65_HS1-834228961_62-HQ-83894_Serial_220
Agency: FBI
Page 9
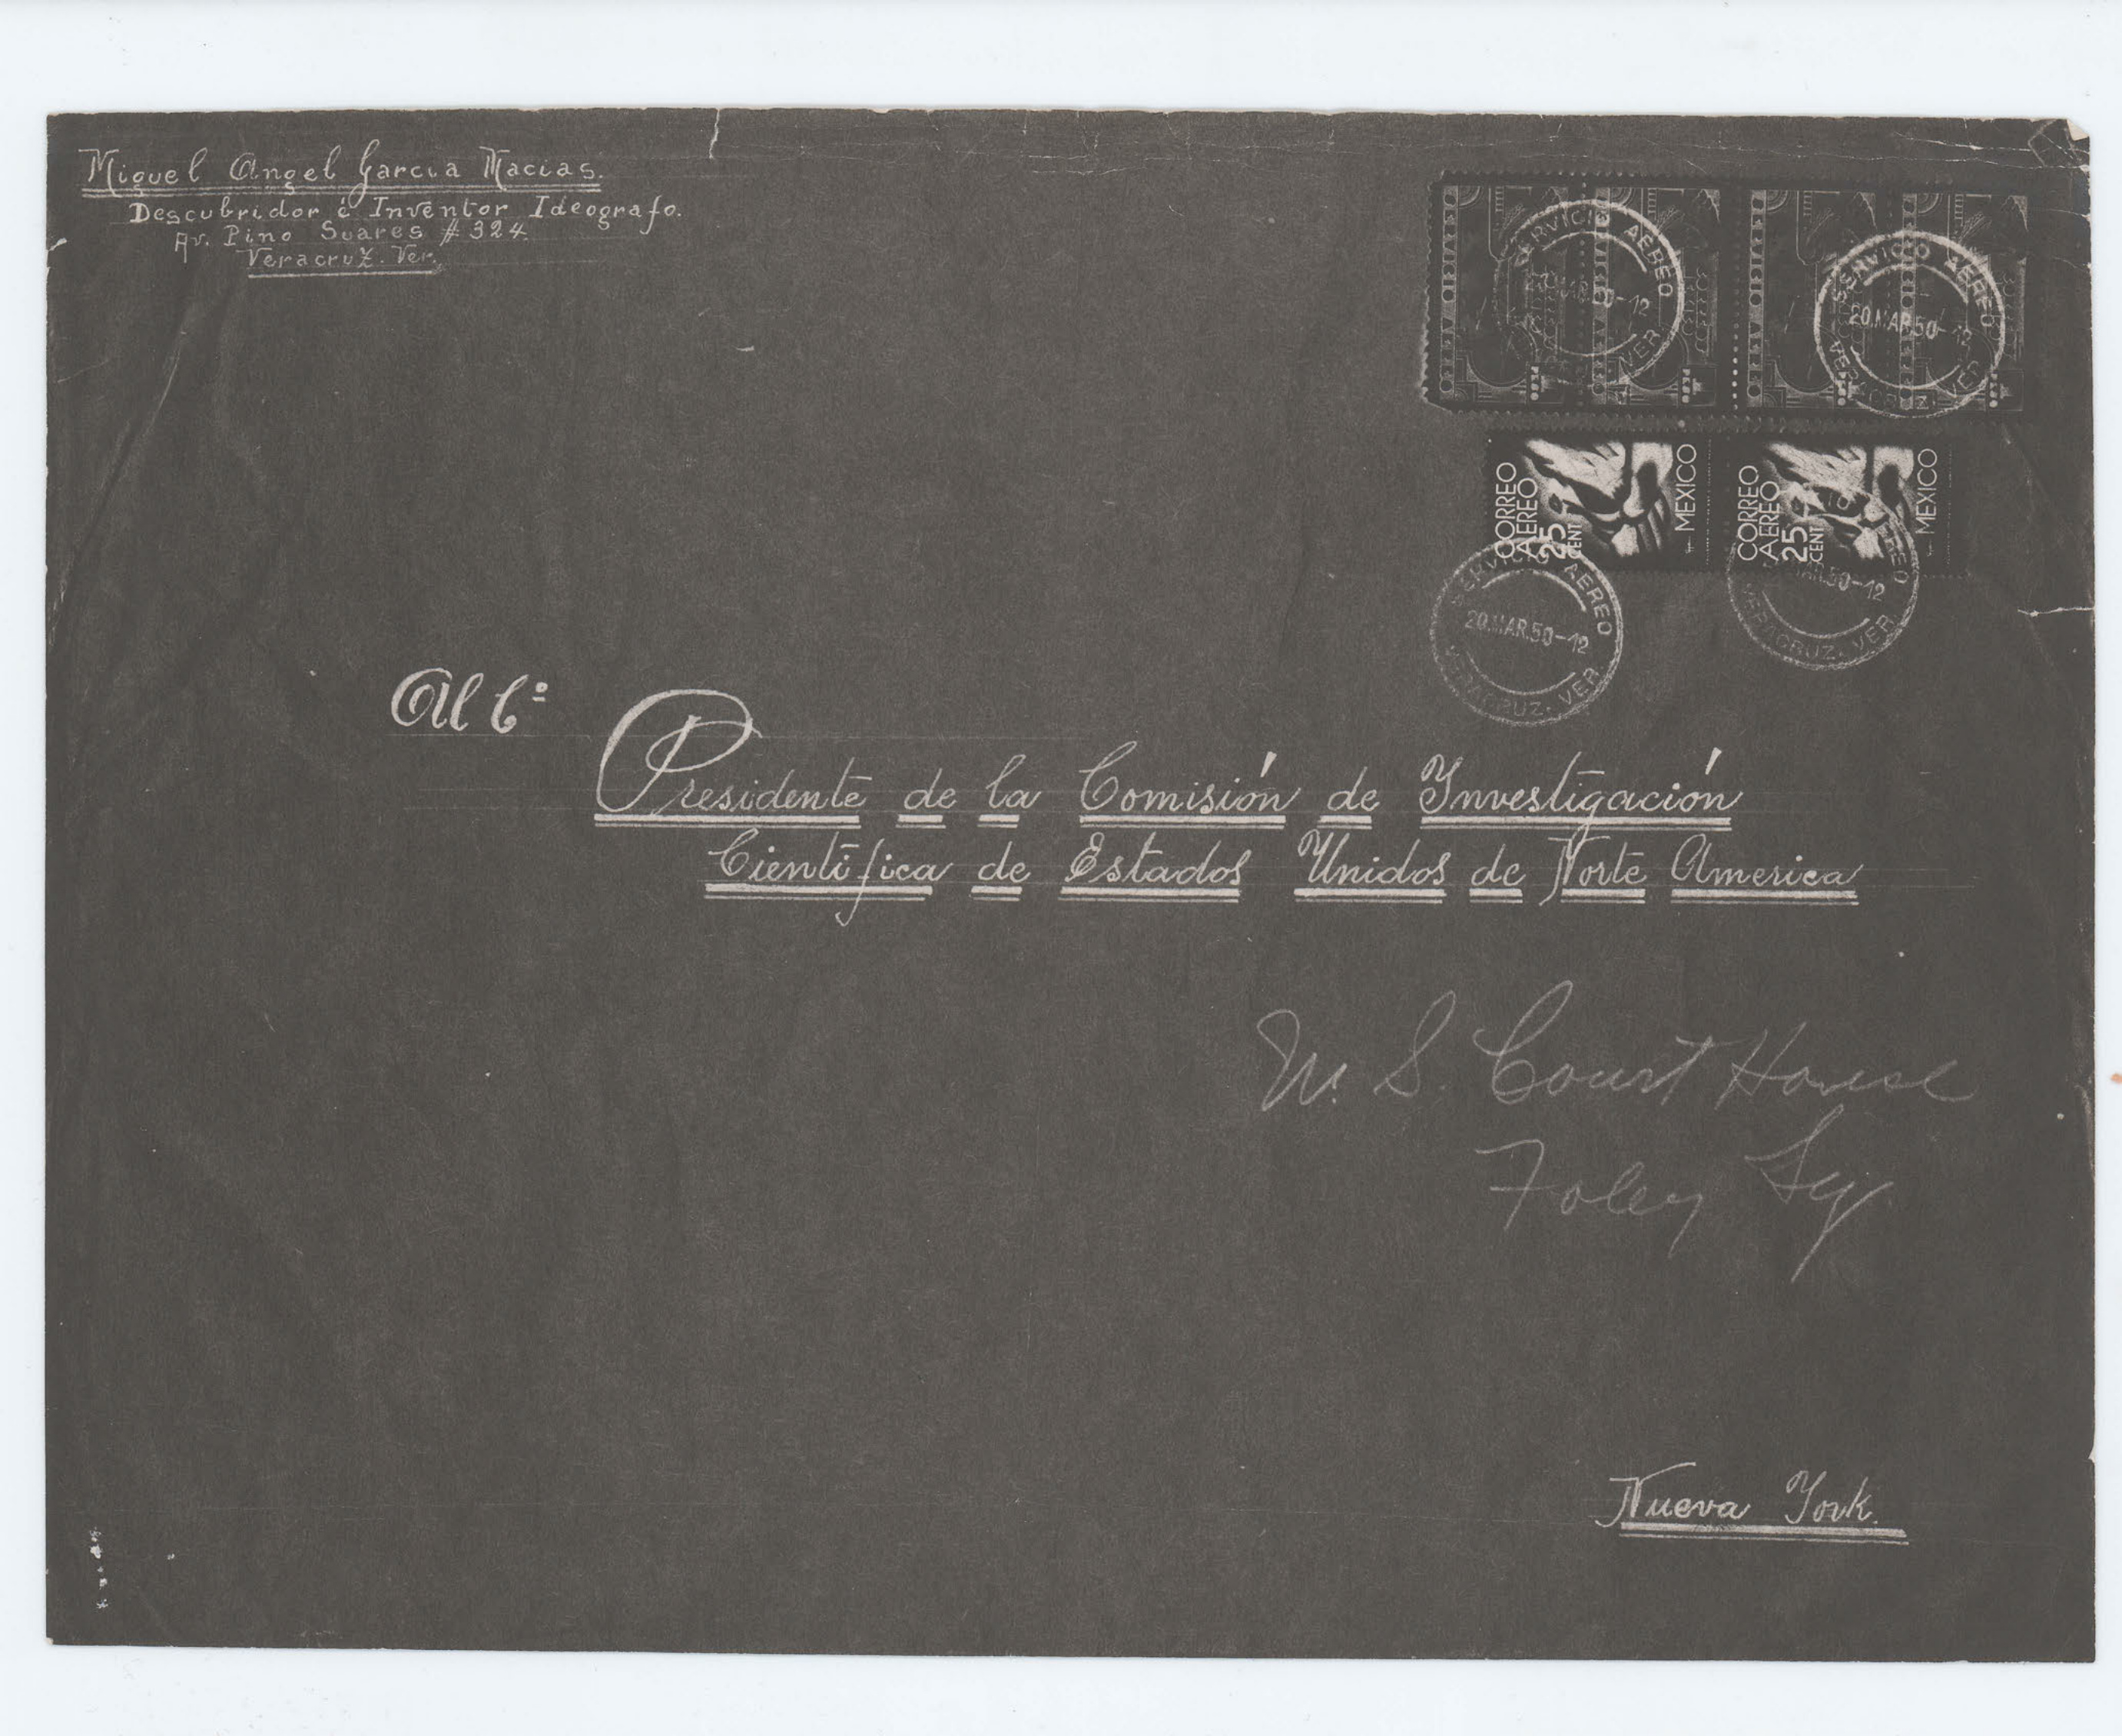